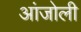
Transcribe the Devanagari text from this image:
आंजोली